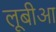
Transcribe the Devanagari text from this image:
लूबीआ